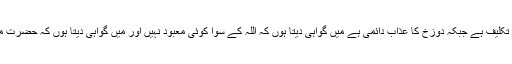
تم پر سلامتی ہو تم گھبرانا نہیں یہ تھوڑی دیر کی تکلیف ہے جبکہ دوزخ کا عذاب دائمی ہے میں گواہی دیتا ہوں کہ اللہ کے سوا کوئی معبود نہیں اور میں گواہی دیتا ہوں کہ حضرت محمد صلی اللہ علیہ وسلم اللہ تعالٰی کے رسول ہیں ۔